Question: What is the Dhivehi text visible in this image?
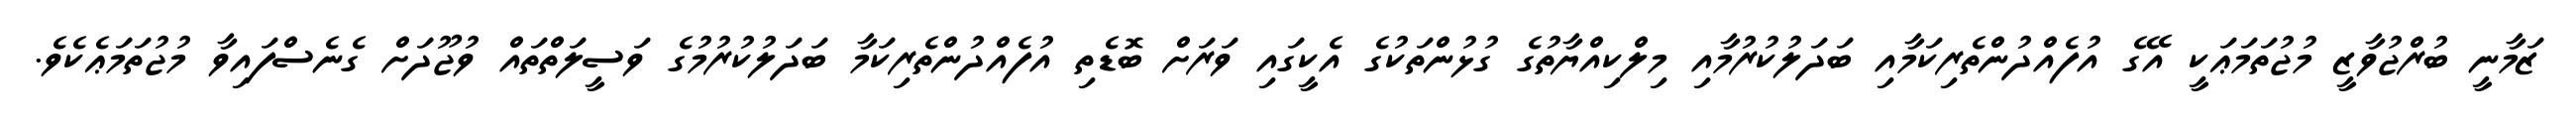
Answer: ޒަމާނީ ބުރްޖުވާޒީ މުޖުތަމަޢަކީ އޭގެ އުފެއްދުންތެރިކަމާއި ބަދަލުކުރުމާއި މިލްކިއްޔާތުގެ ގުޅުންތަކުގެ އެކީގައި ވަރަށް ބޮޑެތި އުފެއްދުންތެރިކަމާ ބަދަލުކުރުމުގެ ވަސީލަތްތައް ވުޖޫދަށް ގެނެސްފައިވާ މުޖުތަމަޢެކެވެ.